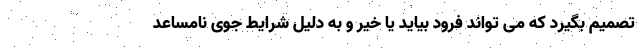
تصمیم بگیرد که می تواند فرود بیاید یا خیر و به دلیل شرایط جوی نامساعد